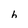
Character: h